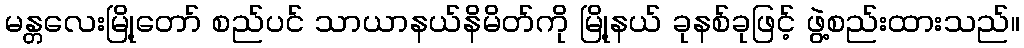
မန္တလေးမြို့တော် စည်ပင် သာယာနယ်နိမိတ်ကို မြို့နယ် ခုနစ်ခုဖြင့် ဖွဲ့စည်းထားသည်။